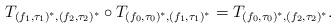
LaTeX: \begin{align*}T_{(f_1,\tau_1)^*, (f_2,\tau_2)^*} \circ T_{(f_0,\tau_0)^*, (f_1,\tau_1)^*} = T_{(f_0,\tau_0)^*, (f_2,\tau_2)^*}. \end{align*}